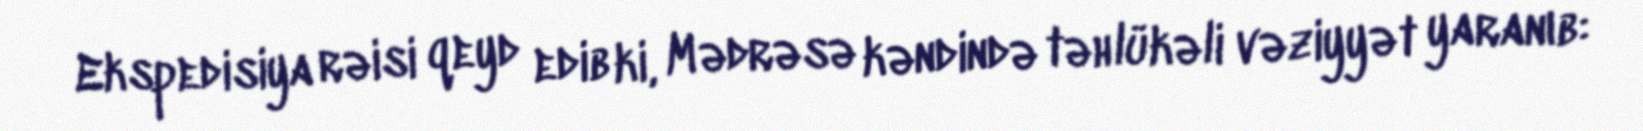
Ekspedisiya rəisi qeyd edib ki, Mədrəsə kəndində təhlükəli vəziyyət yaranıb: